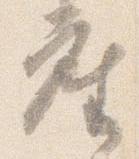
座